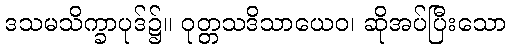
ဒသမသိက္ခာပုဒ်၌။ ဝုတ္တသဒိသာယေဝ၊ ဆိုအပ်ပြီးသော